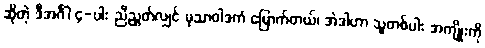
ဆိုတဲ့ ဒီအင်္ဂါ ၄-ပါး ညီညွတ်လျှင် မုသာဝါဒကံ မြောက်တယ်၊ အဲဒါဟာ သူတစ်ပါး အကျိုးကို